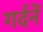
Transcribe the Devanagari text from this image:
गर्दनें